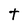
Character: t